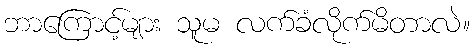
ဘာကြောင့်များ သူမ လက်ခံလိုက်မိတာလဲ။